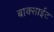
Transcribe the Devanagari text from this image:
बाक्साईट